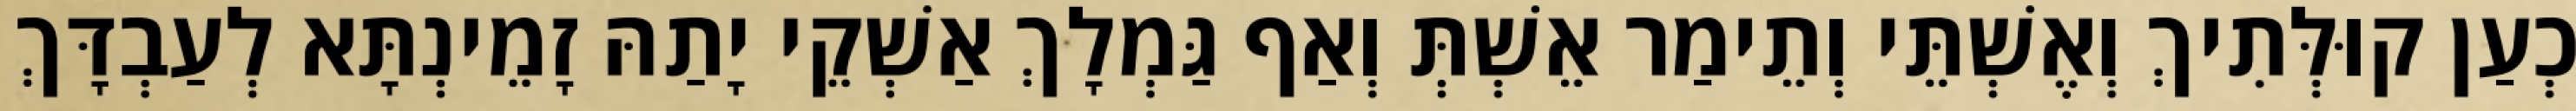
כְעַן קוּלְּתִיךְ וְאֶשְׁתֵּי וְתֵימַר אֵשְׁתְּ וְאַף גַּמְלָךְ אַשְׁקֵי יָתַהּ זָמֵינְתָּא לְעַבְדָּךְ